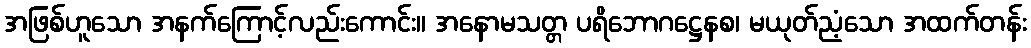
အဖြစ်ဟူသော အနက်ကြောင့်လည်းကောင်း။ အနောမသတ္တ ပရိဘောဂဋ္ဌေနစ၊ မယုတ်ညံ့သော အထက်တန်း